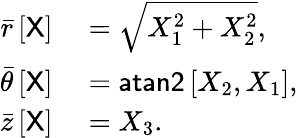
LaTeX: \begin{array}{rl}{\bar{r}\left[{\sf X}\right]}&{{}=\sqrt{X_{1}^{2}+X_{2}^{2}},}\\ {\bar{\theta}\left[\sf X\right]}&{{}={\sf atan2}\left[X_{2},X_{1}\right],}\\ {\bar{z}\left[\sf X\right]}&{{}=X_{3}.}\end{array}